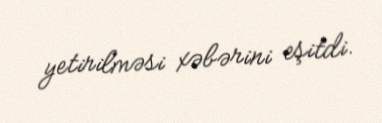
yetirilməsi xəbərini eşitdi.